65_HS1-834228961_62-HQ-83894_Serial_449
Agency: FBI
Page 2
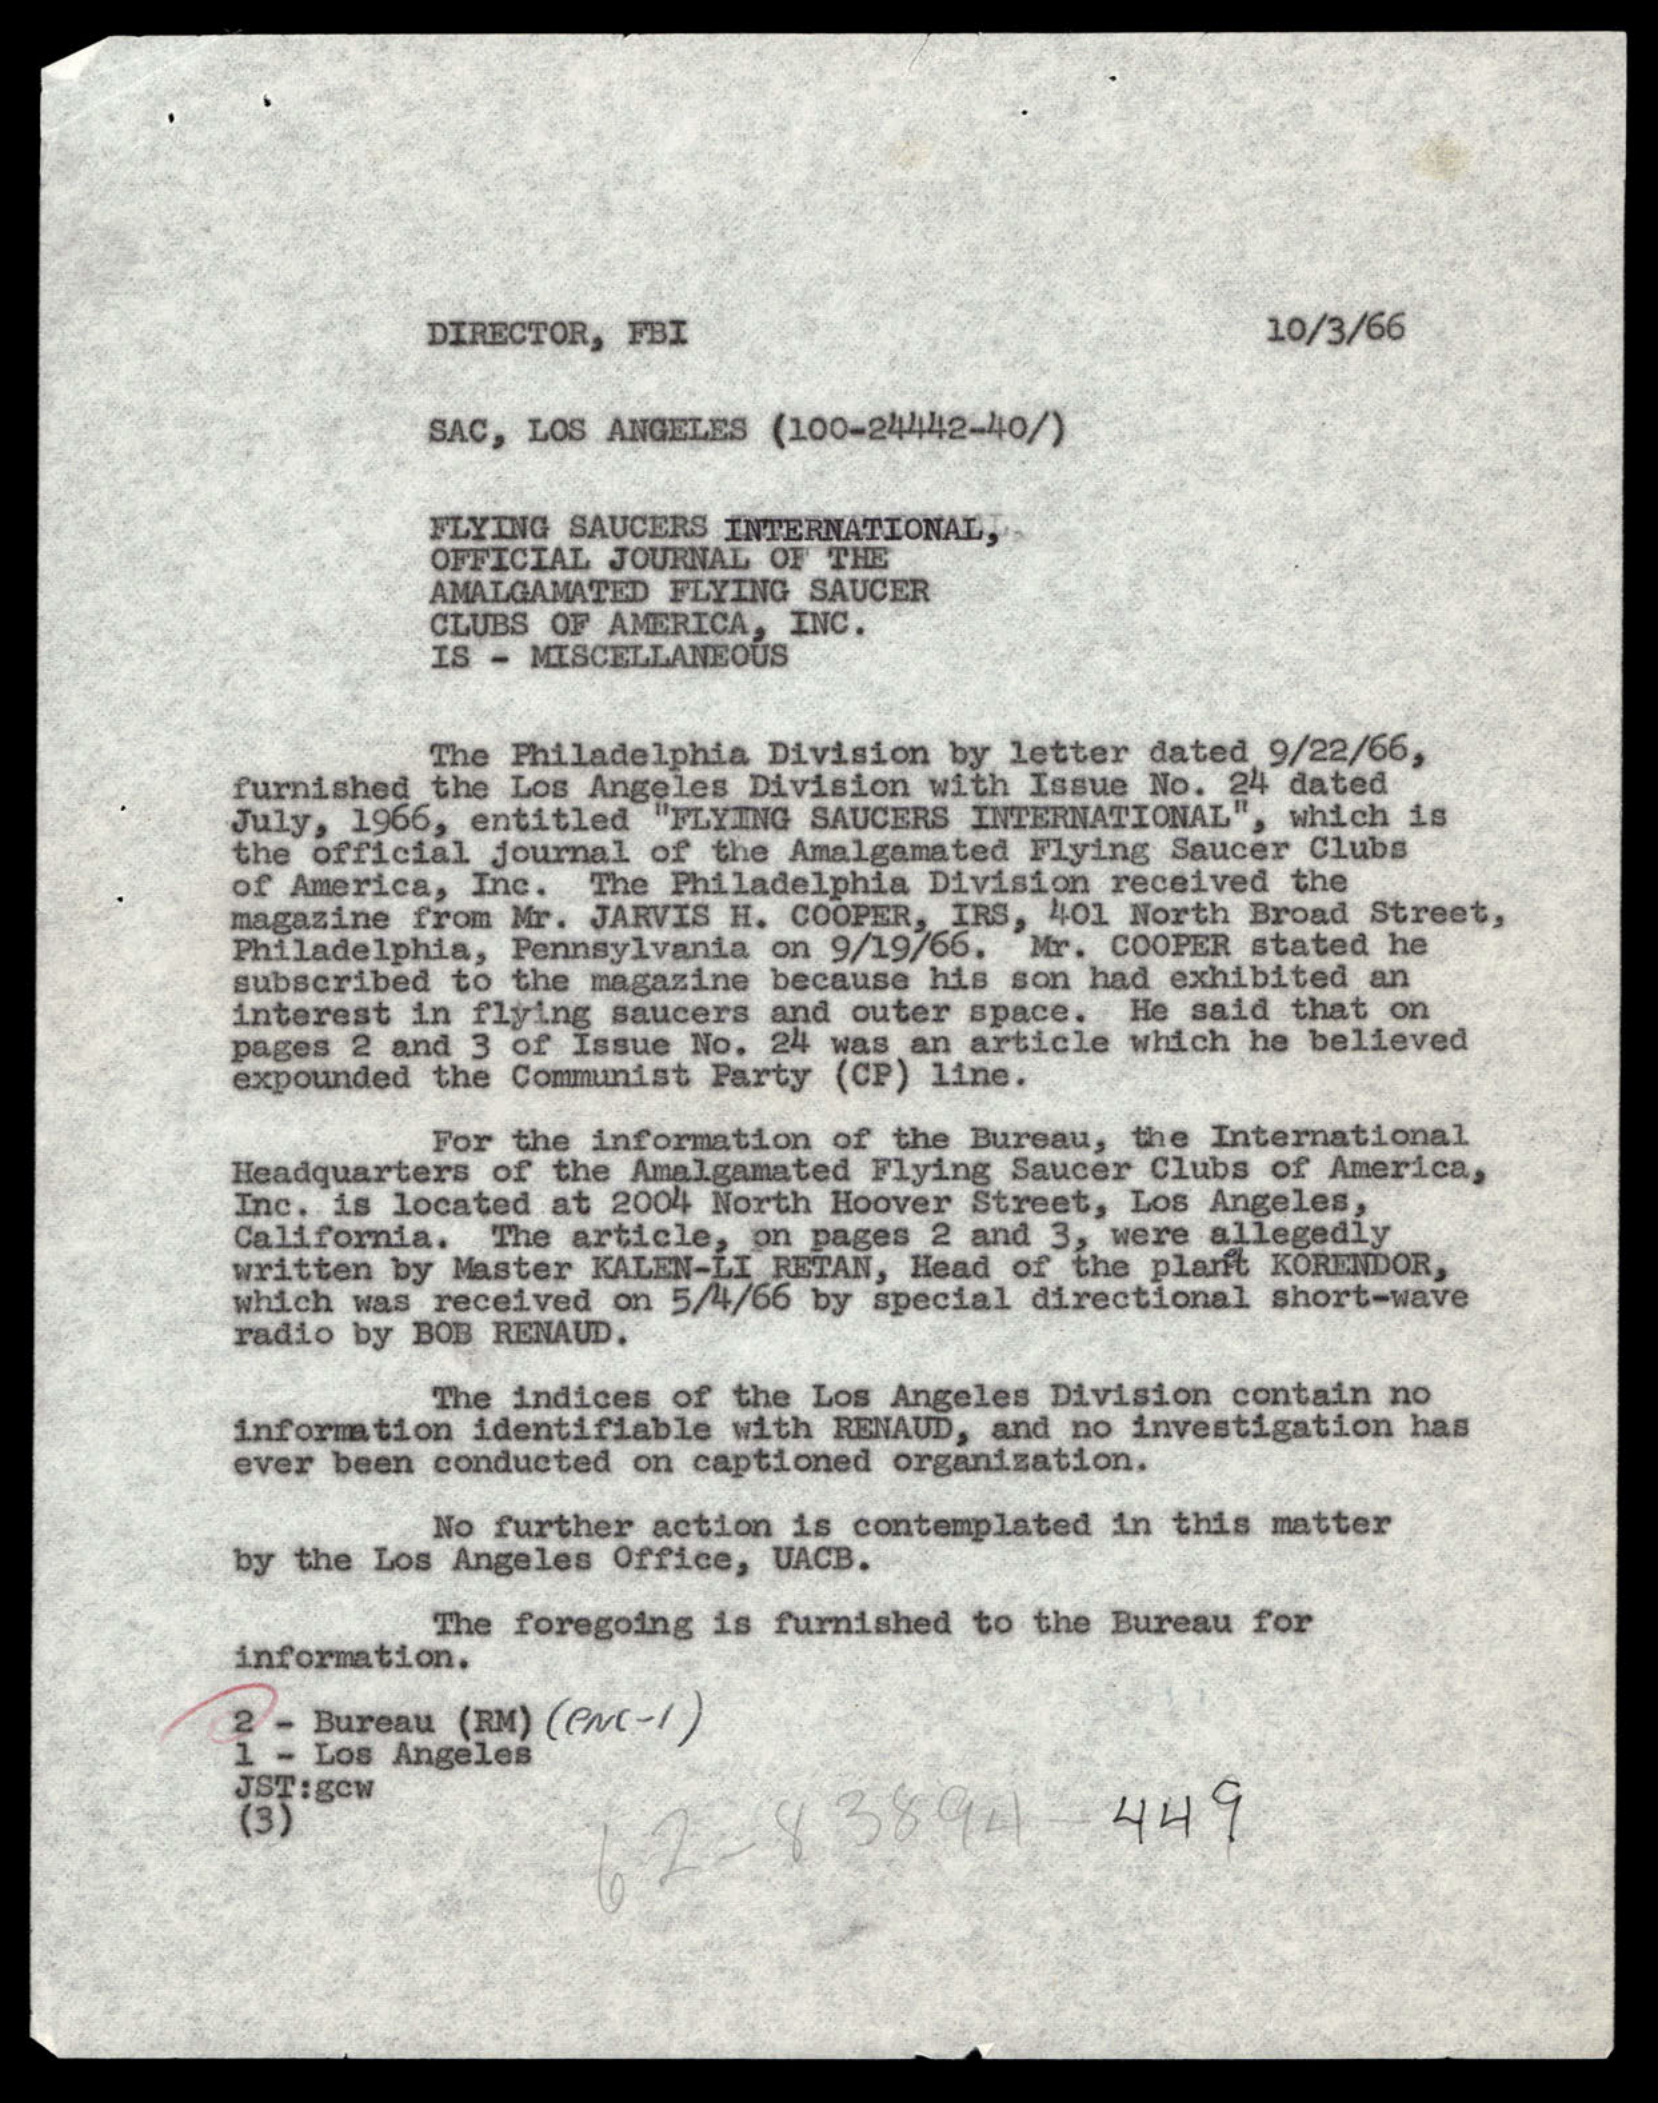